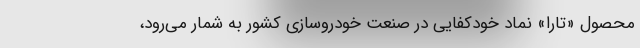
محصول «تارا» نماد خودکفایی در صنعت خودروسازی کشور به شمار می‌رود،